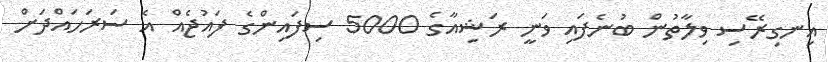
އިނގިރޭސި ވިލާތުން ބުނެފައި ވަނީ ރަޝިއާގެ 5000 ސިފައިންގެ ފައުޖެއް އެ ސަރަހައްދަށް